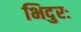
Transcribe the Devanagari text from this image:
भिदुरः